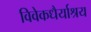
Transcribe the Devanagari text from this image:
विवेकधैर्याश्रय